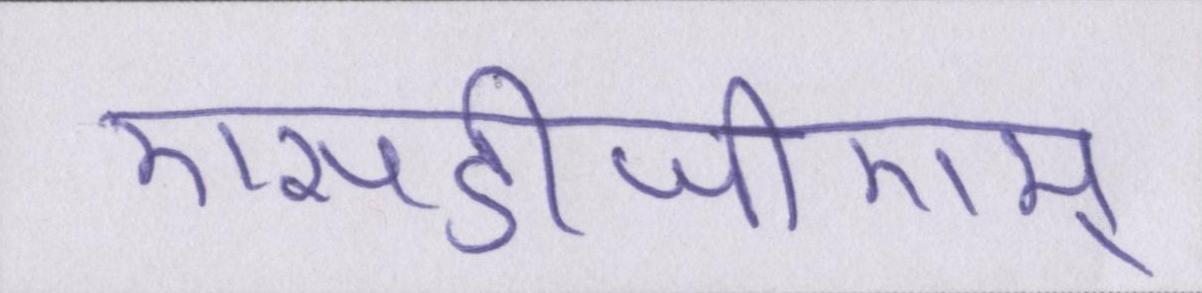
एसडीजीएम्